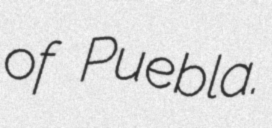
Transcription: of Puebla.